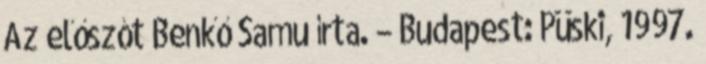
Az előszót Benkő Samu írta. – Budapest: Püski, 1997.